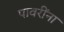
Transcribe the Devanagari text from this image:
पावरींना